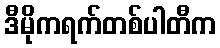
ဒီမိုကရက်တစ်ပါတီက